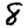
Digit: 8